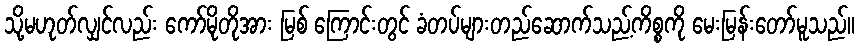
သို့မဟုတ်လျှင်လည်း ကော်မိုတိုအား မြစ် ကြောင်းတွင် ခံတပ်များတည်ဆောက်သည့်ကိစ္စကို မေးမြန်းတော်မူသည်။